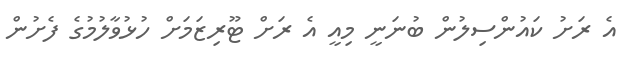
އެ ރަށު ކައުންސިލުން ބުނަނީ މިއީ އެ ރަށް ޓޫރިޒަމަށް ހުޅުވާލުމުގެ ފެށުން